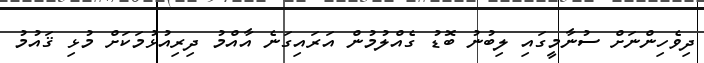
ދިވެހިންނަށް ސުނާމީގައި ލިބުނު ބޮޑު ގެއްލުމުން އަރައިގަނެ އާއްމު ދިރިއުޅުމަކަށް މުޅި ޤައުމު